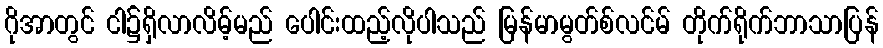
ဂိုအာတွင် ငါ၌ရှိလာလိမ့်မည် ပေါင်းထည့်လိုပါသည် မြန်မာမွတ်စ်လင်မ် တိုက်ရိုက်ဘာသာပြန်